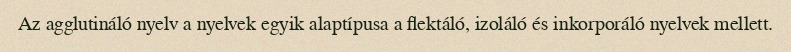
Az agglutináló nyelv a nyelvek egyik alaptípusa a flektáló, izoláló és inkorporáló nyelvek mellett.